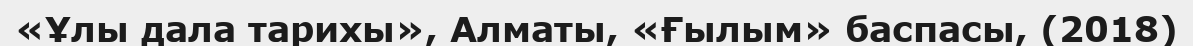
«Ұлы дала тарихы», Алматы, «Ғылым» баспасы, (2018)